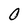
Character: 0